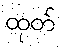
ထုတ်